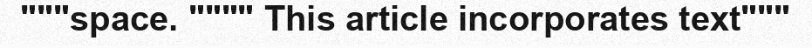
"""space. """" This article incorporates text"""